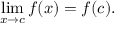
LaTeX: \operatorname* { l i m } _ { x \to c } { f ( x ) } = f ( c ) .